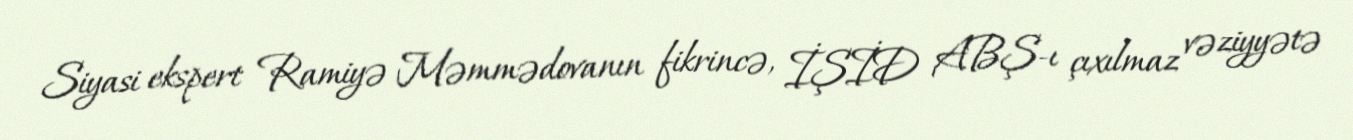
Siyasi ekspert Ramiyə Məmmədovanın fikrincə, İŞİD ABŞ-ı çıxılmaz vəziyyətə